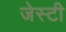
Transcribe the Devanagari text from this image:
जेस्टी